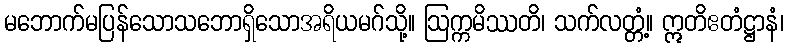
မဘောက်မပြန်သောသဘောရှိသောအရိယမဂ်သို့။ ဩက္ကမိဿတိ၊ သက်လတ္တံ့။ ဣတိဧတံဋ္ဌာနံ၊